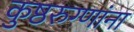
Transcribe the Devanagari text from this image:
कुष्ठरुग्णांना